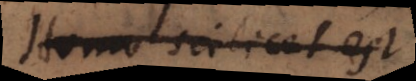
Homo scilicet est